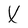
Character: X